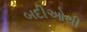
બદીઓથી